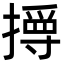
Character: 㩊